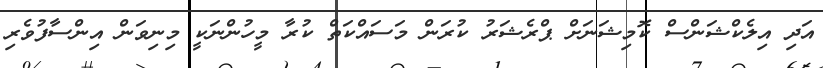
އަދި އިލެކްޝަންސް ކޮމިޝަނަށް ޕްރެޝަރު ކުރަން މަސައްކަތް ކުރާ މީހުންނަކީ މިނިވަން އިންސާފުވެރި